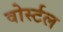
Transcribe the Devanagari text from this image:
वोर्स्टल